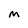
Character: M